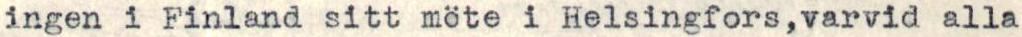
ingen i Finland sitt möte i Helsingfors,varvid alla